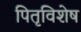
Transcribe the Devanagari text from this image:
पितृविशेष